Leaving Certificate Examination, 1914
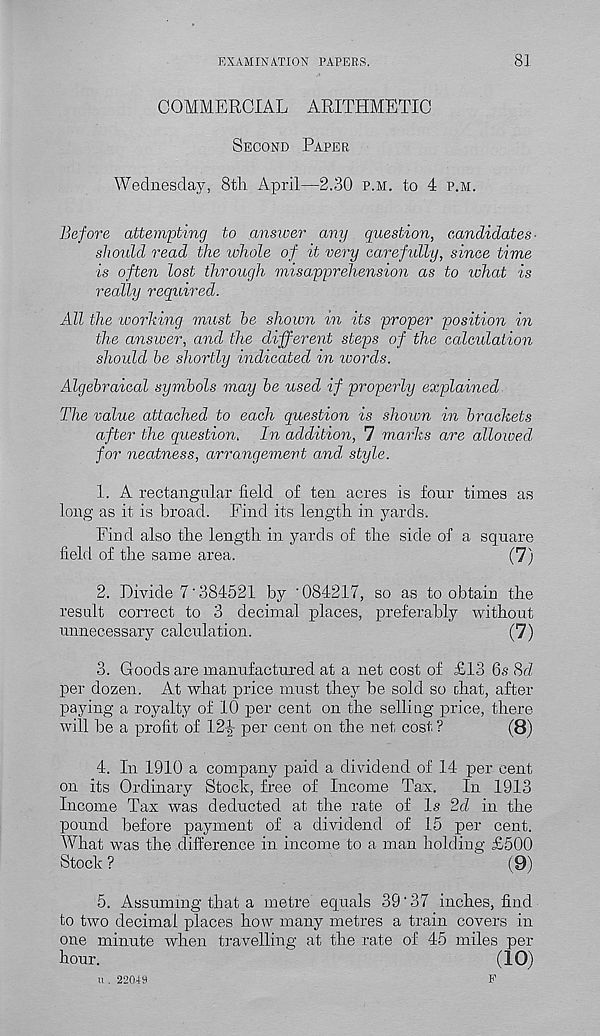
EXAMINATION PAPERS.
81
COMMERCIAL ARITHMETIC
Second Paper
Wednesday, 8th April—2.30 p.m. to 4 p.m.
Before attempting to ansiver any question, candidates-
should read the whole of it very carefully, since time
is often lost through misapprehension as to what is
really required.
All the worhing must he shown in its proper position in
the answer, and the different steps of the calculation
should he shortly indicated in toords.
Algebraical symbols may he used if properly explained
The value attached to each question is shown in brackets
after the question. In addition, 7 marks are allowed,
for neatness, arrangement and, style.
1. A rectangular field of ten acres is four times as
long as it is broad. Find its length in yards.
Find also the length in yards of the side of a square
field of the same area.
(7)
2. Divide 7'384521 by '084217, so as to obtain the
result correct to 3 decimal places, preferably without
unnecessary calculation.
(7)
3. Goods are manufactured at a net cost of £13 6,s 8d
per dozen. At what price must they be sold so chat, after
paying a royalty of 10 per cent on the selling price, there
will be a profit of 12|- per cent on the net cost ?
(8)
4. In 1910 a company paid a dividend of 14 per cent
on its Ordinary Stock, free of Income Tax.
In 1913
Income Tax was deducted at the rate of Is 2d in the
pound before payment of a dividend of 15 per cent.
What was the difference in income to a man holding £500
Stock ?
(9)
5. Assuming that a metre equals 39'37 inches, find
to two decimal places how many metres a train covers in
one minute when travelling at the rate of 45 miles per
hour.
(10)
F
u . 22019